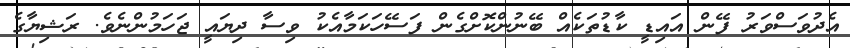
އެދުވަސްވަރު ފޭން އައިޑީ ކާޑުތަކެއް ބޭނުންކޮށްގެން ފަސޭހަކަމާއެކު ވިސާ ދިޔައީ ޖަހަމުންނެވެ. ރަޝިޔާގެ